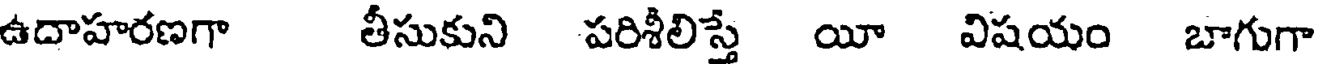
ఉదాహరణగా తీసుకుని పరిశీలిస్తే యీ విషయం బాగుగా